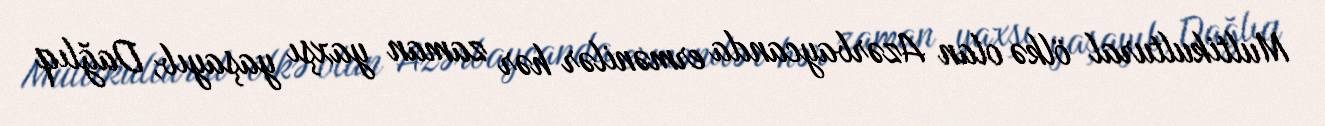
Multikultural ölkə olan Azərbaycanda ermənilər hər zaman yaxşı yaşayıb, Dağlıq